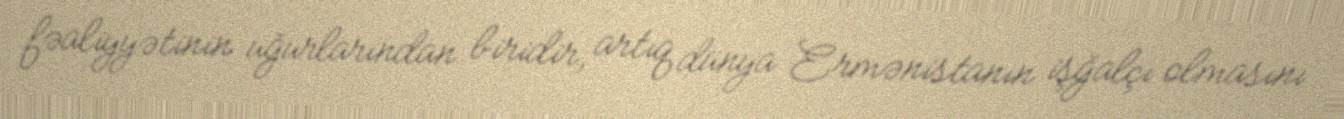
fəaliyyətinin uğurlarından biridir, artıq dünya Ermənistanın işğalçı olmasını